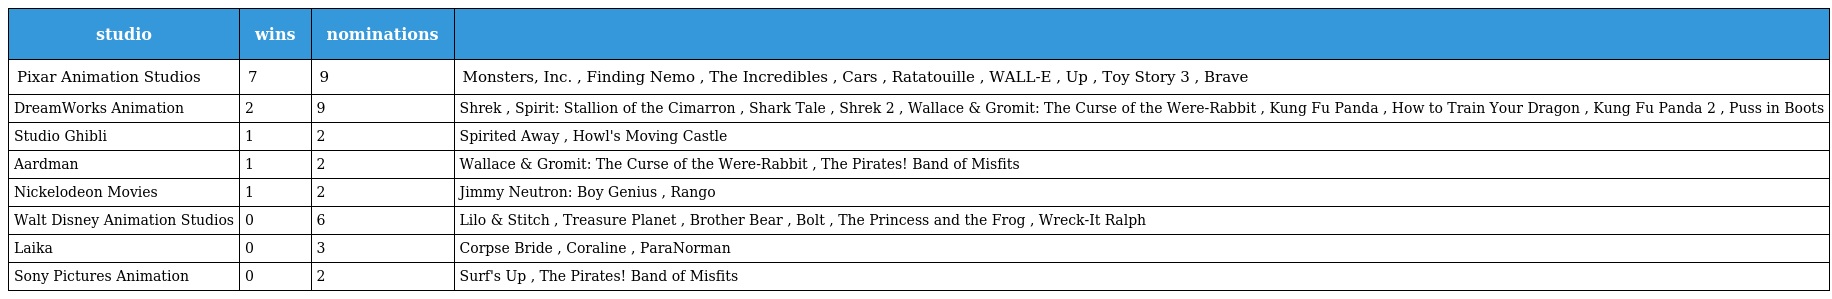
| studio | wins | nominations |  |
 | --- | --- | --- | --- |
 | Pixar Animation Studios | 7 | 9 | Monsters, Inc. , Finding Nemo , The Incredibles , Cars , Ratatouille , WALL-E , Up , Toy Story 3 , Brave |
 | DreamWorks Animation | 2 | 9 | Shrek , Spirit: Stallion of the Cimarron , Shark Tale , Shrek 2 , Wallace & Gromit: The Curse of the Were-Rabbit , Kung Fu Panda , How to Train Your Dragon , Kung Fu Panda 2 , Puss in Boots |
 | Studio Ghibli | 1 | 2 | Spirited Away , Howl's Moving Castle |
 | Aardman | 1 | 2 | Wallace & Gromit: The Curse of the Were-Rabbit , The Pirates! Band of Misfits |
 | Nickelodeon Movies | 1 | 2 | Jimmy Neutron: Boy Genius , Rango |
 | Walt Disney Animation Studios | 0 | 6 | Lilo & Stitch , Treasure Planet , Brother Bear , Bolt , The Princess and the Frog , Wreck-It Ralph |
 | Laika | 0 | 3 | Corpse Bride , Coraline , ParaNorman |
 | Sony Pictures Animation | 0 | 2 | Surf's Up , The Pirates! Band of Misfits |